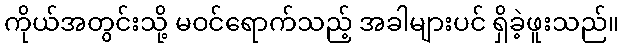
ကိုယ်အတွင်းသို့ မဝင်ရောက်သည့် အခါများပင် ရှိခဲ့ဖူးသည်။